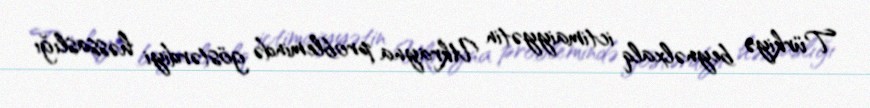
Türkiyə beynəlxalq ictimaiyyətin Ukrayna problemində göstərdiyi həssaslığı